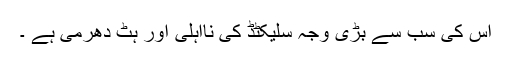
اس کی سب سے بڑی وجہ سلیکٹڈ کی نااہلی اور ہٹ دھرمی ہے ۔